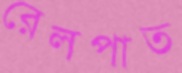
রেলপাত